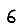
Digit: 6